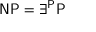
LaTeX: { \mathsf { N P } } = \exists ^ { \mathsf { P } } { \mathsf { P } }